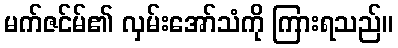
မက်ဇင်မ်၏ လှမ်းအော်သံကို ကြားရသည်။